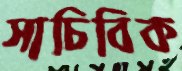
সাচিবিক